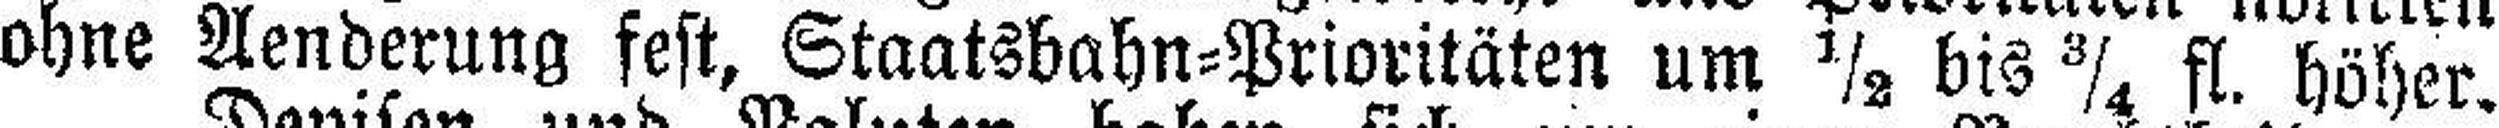
ohne Aenderung fest, Staatsbahn=Prioritäten um ½ bis ¾ fl. höher.